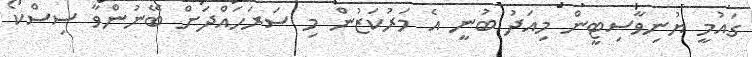
ގައުމީ ޔުނިވާސިޓީން މިއަދު ބުނީ އެ މަރުކަޒުން މި ސަރަހައްދަށް ބޭނުންވާ ސިސްކޯ